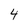
Character: 4